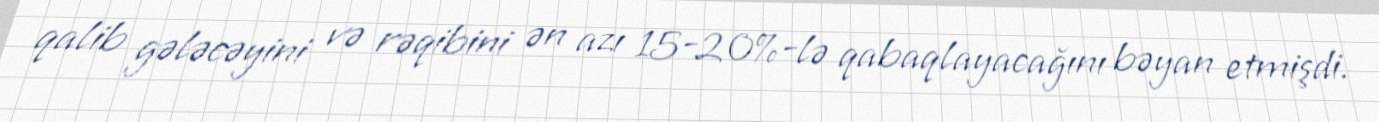
qalib gələcəyini və rəqibini ən azı 15-20%-lə qabaqlayacağını bəyan etmişdi.